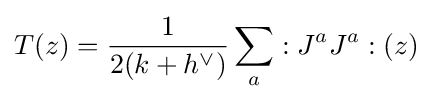
T(z)={\frac {1}{2(k+h^{\vee })}}\sum _{a}:J^{a}J^{a}:(z)